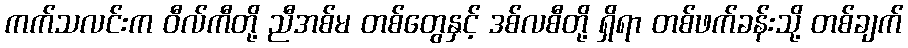
ကက်သလင်းက ဝီလ်ကီတို့ ညီအစ်မ တစ်တွေနှင့် ဒစ်လစီတို့ ရှိရာ တစ်ဖက်ခန်းသို့ တစ်ချက်